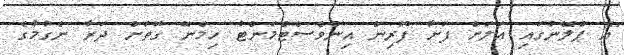
"އެ ޕްލޭނުގައި އަލަށް ފަށާ ފޮރިން އިންވެސްޓްމަންޓު ހިމެނޭ ގޮތަށް ދަރާ ނެގުމުގެ